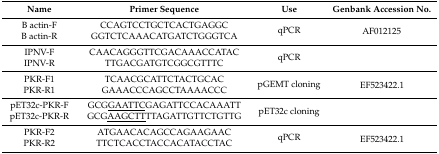
<table><thead><tr><td><b>Name</b></td><td><b>Primer Sequence</b></td><td><b>Use</b></td><td><b>Genbank Accession No.</b></td></tr></thead><tbody><tr><td>B actin-F</td><td>CCAGTCCTGCTCACTGAGGC</td><td rowspan="2">qPCR</td><td rowspan="2">AF012125</td></tr><tr><td>B actin-R</td><td>GGTCTCAAACATGATCTGGGTCA</td></tr><tr><td>IPNV-F</td><td>CAACAGGGTTCGACAAACCATAC</td><td rowspan="2">qPCR</td><td rowspan="2"></td></tr><tr><td>IPNV-R</td><td>TTGACGATGTCGGCGTTTC</td></tr><tr><td>PKR-F1</td><td>TCAACGCATTCTACTGCAC</td><td rowspan="2">pGEMT cloning</td><td rowspan="2">EF523422.1</td></tr><tr><td>PKR-R1</td><td>GAAACCCAGCCTAAAACCC</td></tr><tr><td>pET32c-PKR-F</td><td>GCG<underline>GAATTC</underline>GAGATTCCACAAATT</td><td rowspan="2">pET32c cloning</td><td rowspan="2"></td></tr><tr><td>pET32c-PKR-R</td><td>GCG<underline>AAGCTT</underline>TTAGATTGTTCTGTTG</td></tr><tr><td>PKR-F2</td><td>ATGAACACAGCCAGAAGAAC</td><td rowspan="2">qPCR</td><td rowspan="2">EF523422.1</td></tr><tr><td>PKR-R2</td><td>TTCTCACCTACCACATACCTAC</td></tr></tbody></table>